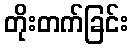
တိုးတက်ခြင်း